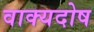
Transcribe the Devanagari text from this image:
वाक्यदोष